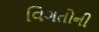
વિગતોની